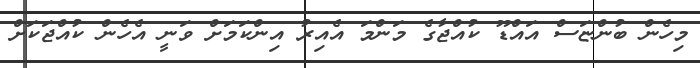
މިހެން ބުންޏަސް އައްޑޫ ކުއްޖާގެ މަންމަ އެއިރު އިންކަމަށް ވަނީ އެހެން ކުއްޖަކަށް